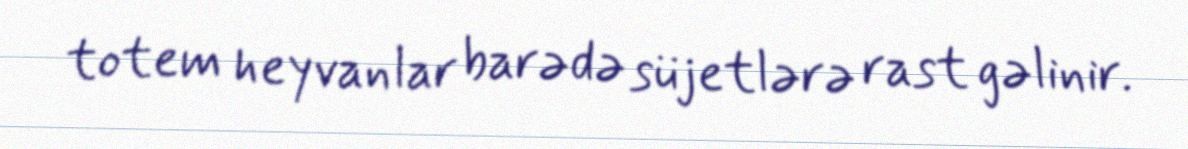
totem heyvanlar barədə süjetlərə rast gəlinir.